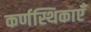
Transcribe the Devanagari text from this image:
कर्णस्थिकाएँ